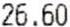
26.60